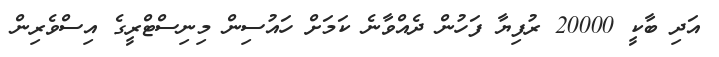
އަދި ބާކީ 20000 ރުފިޔާ ފަހުން ދެއްވާނެ ކަމަށް ހައުސިން މިނިސްޓްރީގެ އިސްވެރިން